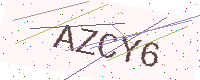
Text: AZCY6